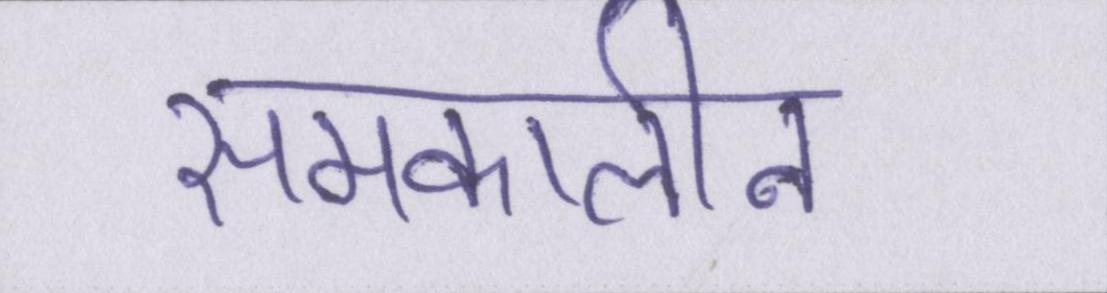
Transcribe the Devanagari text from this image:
समकालीन